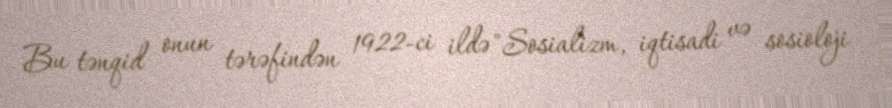
Bu tənqid onun tərəfindən 1922-ci ildə "Sosializm, iqtisadi və sosioloji